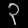
Digit: ၃